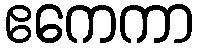
ဧကေကာ